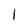
Character: I